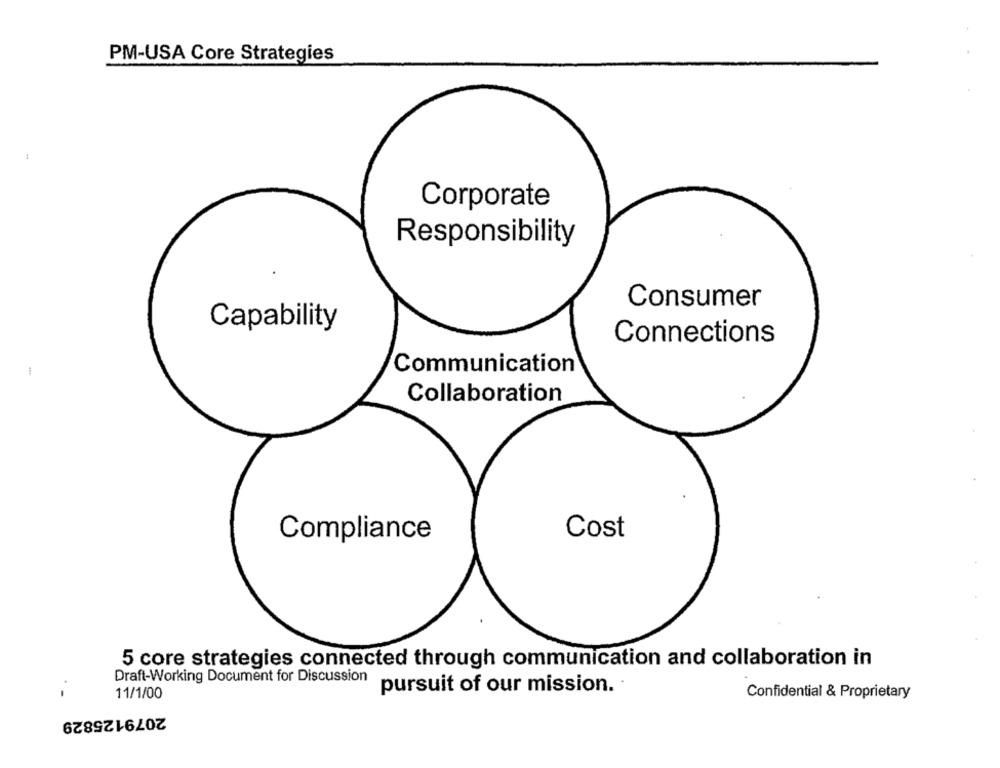
PM-USA Core Strategies
1
Corporate
Responsibility
Consumer
Capability
Connections
Communication
Collaboration
Cost
Compliance
5 core strategies connected through communication and collaboration in
Draft-Working Document for Discussion
pursuit of our mission. .
11/1/00
Confidential & Proprietary
2079125829